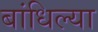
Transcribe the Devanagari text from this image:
बांधिल्या